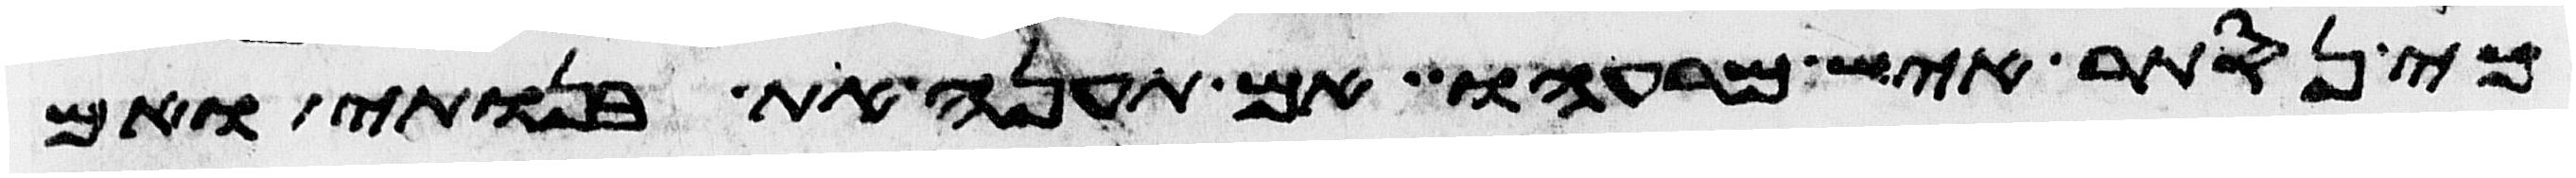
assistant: כי נסתר איש מרעהו אם תענה את בנותי ואם